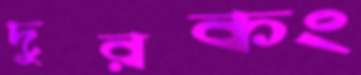
দুরকং